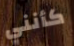
كأنني